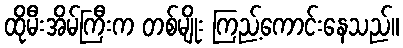
ထိုမီးအိမ်ကြီးက တစ်မျိုး ကြည့်ကောင်းနေသည်။